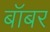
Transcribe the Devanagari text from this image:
बॉबर